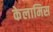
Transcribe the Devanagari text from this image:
केलामिस